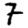
Digit: 7